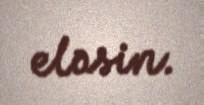
eləsin.